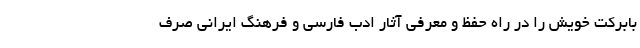
بابرکت خویش را در راه حفظ و معرفی آثار ادب فارسی و فرهنگ ایرانی صرف